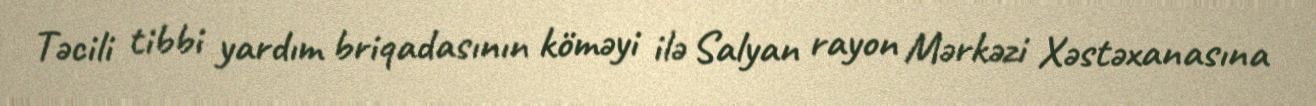
Təcili tibbi yardım briqadasının köməyi ilə Salyan rayon Mərkəzi Xəstəxanasına